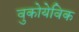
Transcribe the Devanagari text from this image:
वुकोयेविक